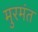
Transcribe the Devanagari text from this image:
मुरमंत